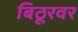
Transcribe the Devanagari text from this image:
बिठूरवर